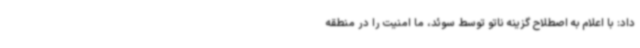
داد: با اعلام به اصطلاح گزینه ناتو توسط سوئد، ما امنیت را در منطقه